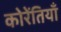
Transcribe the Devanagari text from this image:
कोरेंतियाँ